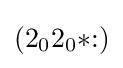
(2_{0}2_{0}{*}{:})